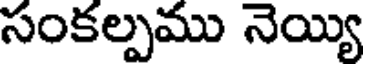
సంకల్పము నెయ్యి